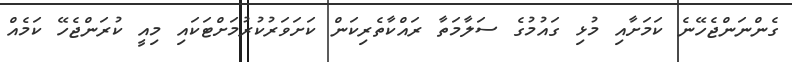
ގެންނަންޖެހޭނެ ކަމަށާއި މުޅި ގައުމުގެ ސަލާމަތާ ރައްކާތެރިކަން ކަށަވަރުކުރުމަށްޓަކައި މިއީ ކުރަންޖެހޭ ކަމެއް